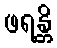
ဖရန္တိ